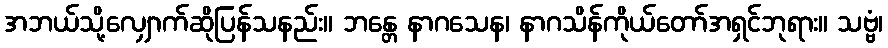
အဘယ်သို့လျှောက်ဆိုပြန်သနည်း။ ဘန္တေ နာဂသေန၊ နာဂသိန်ကိုယ်တော်အရှင်ဘုရား။ သဗ္ဗံ၊